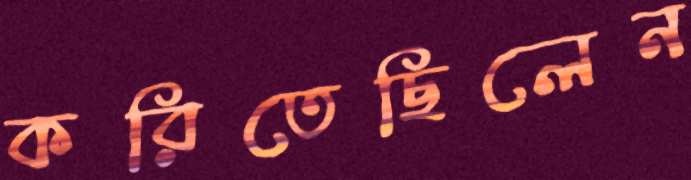
করিতেছিলেন